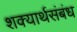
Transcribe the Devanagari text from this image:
शक्यार्थसंबंध